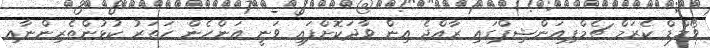
ވޯލްޑް ކެރަމް ޗެމްޕިއަންޝިޕްގައި ރާއްޖެ އިން ވާދަކޮށްފައި ވަނީ އަންހެން ހަތަރު ކުޅުންތެރިންނާއި